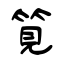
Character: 筧